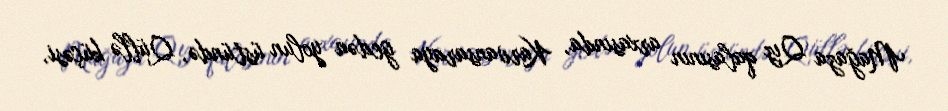
Mağaza Qız qalasının arxasında, Karvansaraya gedən yolun üstündə, Qüllə küçəsi,